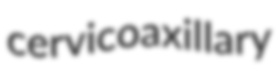
cervicoaxillary